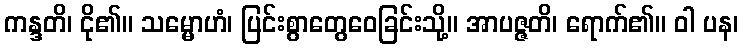
ကန္ဒတိ၊ ငို၏။ သမ္မောဟံ၊ ပြင်းစွာတွေဝေခြင်းသို့။ အာပဇ္ဇတိ၊ ရောက်၏။ ဝါ ပန၊